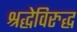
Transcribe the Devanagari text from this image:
श्रद्धेविरुद्ध